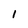
Character: l